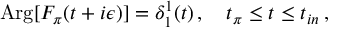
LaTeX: \mathrm { A r g } [ F _ { \pi } ( t + i \epsilon ) ] = \delta _ { 1 } ^ { 1 } ( t ) \, , \quad t _ { \pi } \le t \le t _ { i n } \, ,